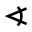
\sphericalangle